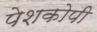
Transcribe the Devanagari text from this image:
पेशकोपी